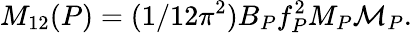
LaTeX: M_{12}(P)=(1/12\pi^{2})B_{P}{f}_{P}^{2}M_{P}{\cal M}_{P}.